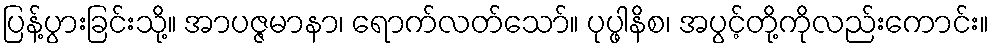
ပြန့်ပွားခြင်းသို့။ အာပဇ္ဇမာနာ၊ ရောက်လတ်သော်။ ပုပ္ဖါနိစ၊ အပွင့်တို့ကိုလည်းကောင်း။